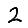
Digit: 2